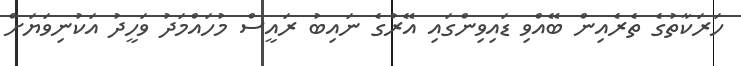
ހަރަކާތުގެ ތެރެއިން ބޭއްވި ޑައިވިންގައި އޭރުގެ ނައިބު ރައީސް މުހައްމަދު ވަހީދު އަކުނިވަޔަށް